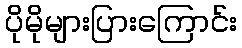
ပိုမိုများပြားကြောင်း